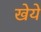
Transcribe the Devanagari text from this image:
खेये